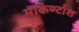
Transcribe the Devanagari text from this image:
मॅकिण्टोश